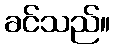
ခင်သည်။